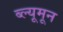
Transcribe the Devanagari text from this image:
ब्ल्यूमून